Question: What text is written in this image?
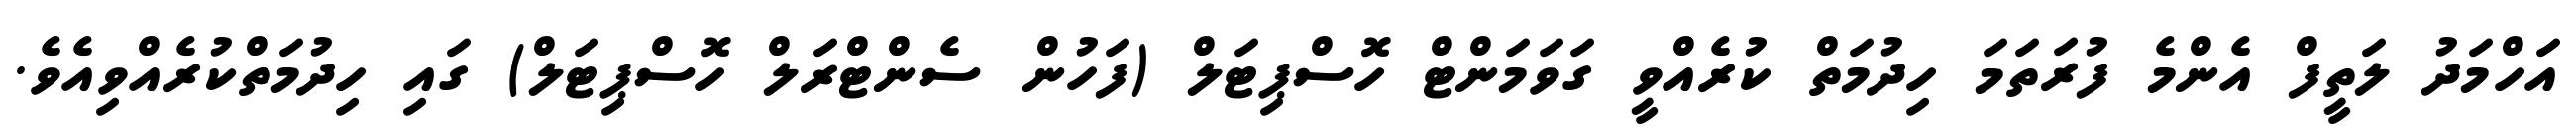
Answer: އަހްމަދު ލަތީފް އެންމެ ފުރަތަމަ ހިދުމަތް ކުރެއްވީ ގަވަމަންޓް ހޮސްޕިޓަލް (ފަހުން ސެންޓްރަލް ހޮސްޕިޓަލް) ގައި ހިދުމަތްކުރެއްވިއެވެ.